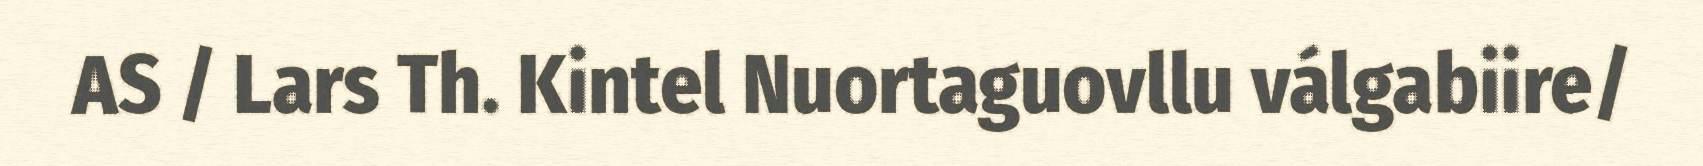
AS / Lars Th. Kintel Nuortaguovllu válgabiire/